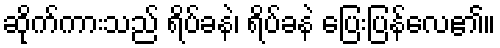
ဆိုက်ကားသည် ရိပ်ခနဲ၊ ရိပ်ခနဲ ပြေးပြန်လေ၏။